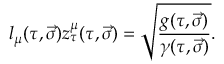
l _ { \mu } ( \tau , \vec { \sigma } ) z _ { \tau } ^ { \mu } ( \tau , \vec { \sigma } ) = \sqrt { \frac { g ( \tau , \vec { \sigma } ) } { \gamma ( \tau , \vec { \sigma } ) } } .